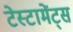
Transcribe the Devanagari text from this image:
टेस्टामेंट्स